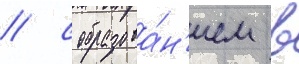
/ с образова́н'ием в